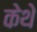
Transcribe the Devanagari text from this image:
केथे